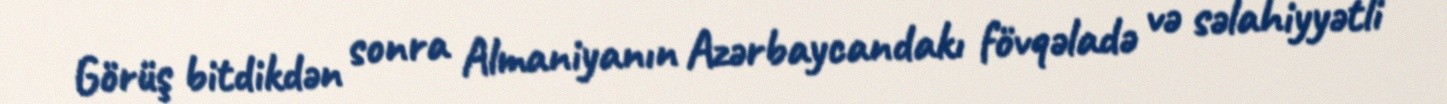
Görüş bitdikdən sonra Almaniyanın Azərbaycandakı fövqəladə və səlahiyyətli